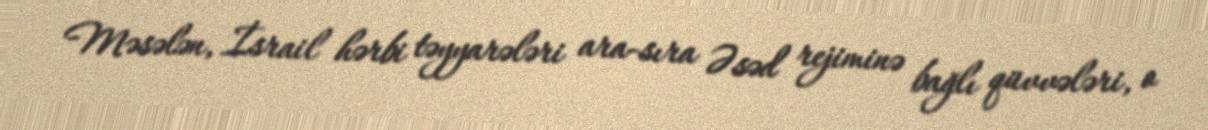
Məsələn, İsrail hərbi təyyarələri ara-sıra Əsəd rejiminə bağlı qüvvələri, o